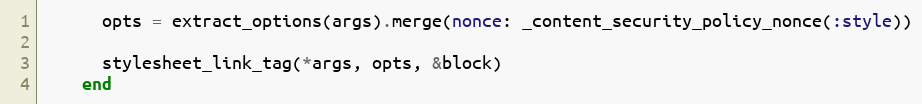
Language: Ruby
      opts = extract_options(args).merge(nonce: _content_security_policy_nonce(:style))

      stylesheet_link_tag(*args, opts, &block)
    end